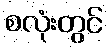
စလုံးတွင်